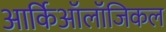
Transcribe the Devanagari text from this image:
आर्किऑलॉजिकल